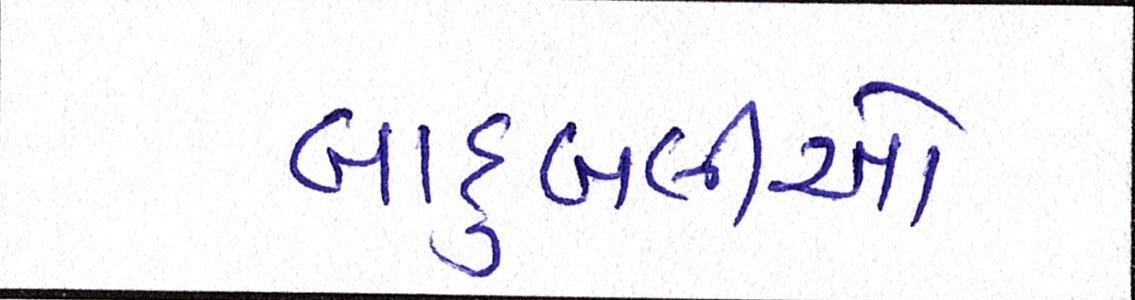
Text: બાદુબલીઓ